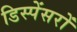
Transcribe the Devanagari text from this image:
डिस्पेंसरों